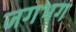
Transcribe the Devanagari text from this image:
जगभग